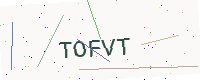
Text: TOFVT